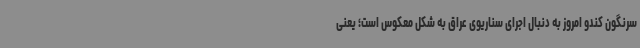
سرنگون کندو امروز به دنبال اجرای سناریوی عراق به شکل معکوس است؛ یعنی